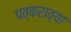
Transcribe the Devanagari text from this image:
पत्कराव्या